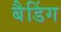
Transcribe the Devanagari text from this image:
बैडिंग